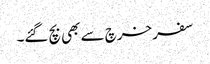
سفر خرچ سے بھی بچ گئے۔